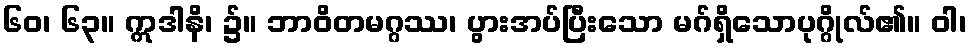
၆၀၊ ၆၃။ ဣဒါနိ၊ ၌။ ဘာဝိတမဂ္ဂဿ၊ ပွားအပ်ပြီးသော မဂ်ရှိသောပုဂ္ဂိုလ်၏။ ဝါ၊